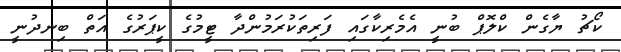
ކޯޗު ޔާގެން ކްލޮޕް ބުނީ އެމެރިކާގައި ފަރިތަކުރަމުންދާ ޓީމުގެ ކީޕަރުގެ އަތް ބިނދުނީ